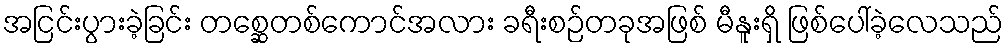
အငြင်းပွားခဲ့ခြင်း တစ္ဆေတစ်ကောင်အလား ခရီးစဉ်တခုအဖြစ် မီနူးရှိ ဖြစ်ပေါ်ခဲ့လေသည်